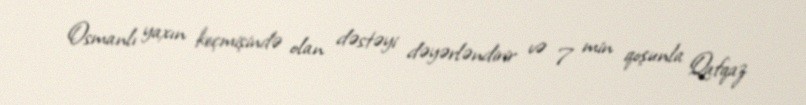
Osmanlı yaxın keçmişində olan dəstəyi dəyərləndirir və 7 min qoşunla Qafqaz